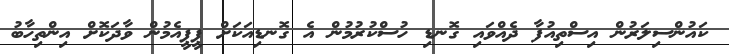
ކައުންސިލަރުން އިސްތިއުފާ ދެއްވައި ގޮނޑި ހުސްކުރުމުން އެ ގޮނޑިއަކަށް ޕީޕީއެމުން ވާދަކޮށް އިންތިހާބު